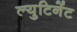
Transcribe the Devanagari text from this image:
ल्युटिनेंट